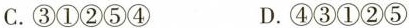
C.③①②⑤④ D.④③①②⑤